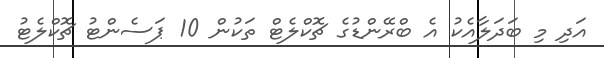
އަދި މި ބަދަލާއެކު އެ ބްރޭންޑުގެ ޗޮކްލެޓް ތަކުން 10 ޕަސެންޓު ޗޮކްލެޓު